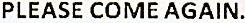
PLEASE COME AGAIN.